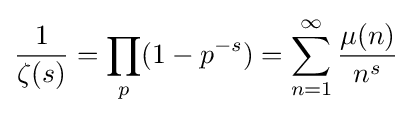
{\frac {1}{\zeta (s)}}=\prod _{p}(1-p^{-s})=\sum _{n=1}^{\infty }{\frac {\mu (n)}{n^{s}}}